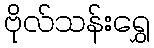
ဗိုလ်သန်းရွှေ